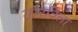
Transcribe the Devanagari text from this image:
गौरविला